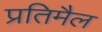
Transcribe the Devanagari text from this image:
प्रतिमैल